Civil Veterinary Department. Central Provinces & Berar 1932-41 - 1932-1941
Year: 1932
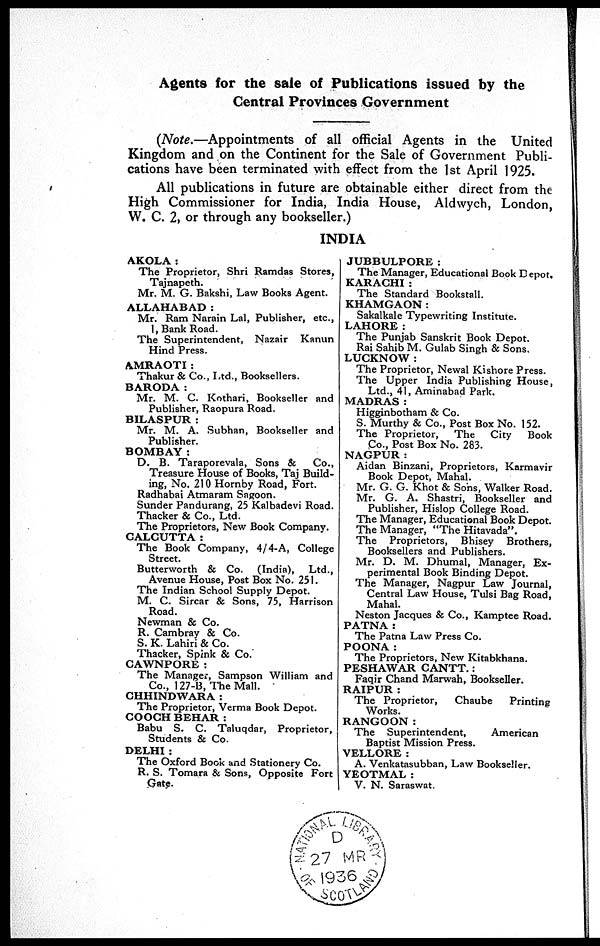
Agents for the sale of Publications issued by the
Central Provinces Government
(Note.—Appointments of all official Agents in the United
Kingdom and on the Continent for the Sale of Government Publi-
cations have been terminated with effect from the 1st April 1925.
All publications in future are obtainable either direct from the
High Commissioner for India, India House, Aldwych, London,
W. C. 2, or through any bookseller.)
INDIA
AKOLA:
The Proprietor, Shri Ramdas Stores,
Tajnapeth.
Mr. M. G. Bakshi, Law Books Agent.
ALLAHABAD :
Mr. Ram Narain Lal, Publisher, etc.,
1, Bank Road.
The Superintendent, Nazair Kanun
Hind Press.
AMRAOTI :
Thakur & Co., Ltd., Booksellers.
BARODA:
Mr. M. C. Kothari, Bookseller and
Publisher, Raopura Road.
BILASPUR :
Mr. M. A. Subhan, Bookseller and
Publisher.
BOMBAY :
D. B. Taraporevala, Sons &
Co.,
Treasure House of Books, Taj Build-
ing, No. 210 Hornby Road, Fort.
Radhabai Atmaram Sagoon.
Sunder Pandurang, 25 Kalbadevi Road.
Thacker & Co., Ltd.
The Proprietors, New Book Company.
CALCUTTA:
The Book Company, 4/4-A, College
Street.
Butterworth & Co. (India), Ltd.,
Avenue House, Post Box No. 251.
The Indian School Supply Depot.
M. C. Sircar & Sons, 75, Harrison
Road.
Newman & Co.
R. Cambray & Co.
S. K. Lahiri & Co.
Thacker, Spink & Co.
CAWNPORE :
The Manager, Sampson William and
Co., 127-B, The Mall.
CHHINDWARA :
The Proprietor, Verma Book Depot.
COOCH BEHAR :
Babu S. C. Taluqdar, Proprietor,
Students & Co.
DELHI :
The Oxford Book and Stationery Co.
R. S. Tomara & Sons, Opposite Fort
Gate.
JUBBULPORE:
The Manager, Educational Book Depot.
KARACHI :
The Standard Bookstall.
KHAMGAON :
Sakalkale Typewriting Institute.
LAHORE:
The Punjab Sanskrit Book Depot.
Rai Sahib M. Gulab Singh & Sons.
LUCKNOW :
The Proprietor, Newal Kishore Press.
The Upper India Publishing House,
Ltd., 41, Aminabad Park.
MADRAS:
Higginbotham & Co.
S. Murthy & Co., Post Box No. 152.
The Proprietor,
The
City
Book
Co., Post Box No. 283.
NAGPUR:
Aidan Binzani, Proprietors, Karmavir
Book Depot, Mahal.
Mr. G. G. Khot & Sons, Walker Road.
Mr. G. A. Shastri, Bookseller and
Publisher, Hislop College Road.
The Manager, Educational Book Depot.
The Manager, "The Hitavada".
The Proprietors, Bhisey Brothers,
Booksellers and Publishers.
Mr. D. M. Dhumal, Manager, Ex-
perimental Book Binding Depot.
The Manager, Nagpur Law Journal,
Central Law House, Tulsi Bag Road,
Mahal.
Neston Jacques & Co., Kamptee Road.
PATNA:
The Patna Law Press Co.
POONA:
The Proprietors, New Kitabkhana.
PESHAWAR CANTT.:
Faqir Chand Marwah, Bookseller.
RAIPUR :
The Proprietor,
Chaube
Printing
Works.
RANGOON:
The Superintendent,
American
Baptist Mission Press.
VELLORE :
A. Venkatasubban, Law Bookseller.
YEOTMAL :
V. N. Saraswat.